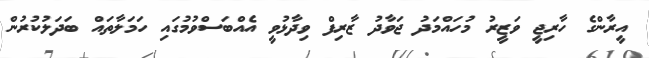
އީރާންގެ ހާރިޖީ ވަޒީރު މުހައްމަދު ޖަވާދު ޒާރިފް ވިދާޅުވީ އެއްބަސްވުމުގައި ހަމަލާތައް ބަދަލުކުރުން